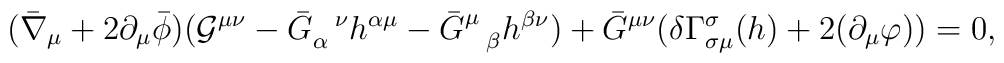
( \bar \nabla_\mu +2 \partial_\mu \bar \phi )     ( {\cal G}^{\mu \nu} - \bar G_\alpha^{~~\nu} h^{\alpha \mu}                             - \bar G^{\mu}_{~~\beta} h^{\beta \nu} )                                              + \bar G^{\mu \nu} (\delta \Gamma^\sigma_{\sigma \mu} (h)             +2 (\partial_\mu \varphi))  = 0,